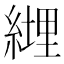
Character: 𦄆